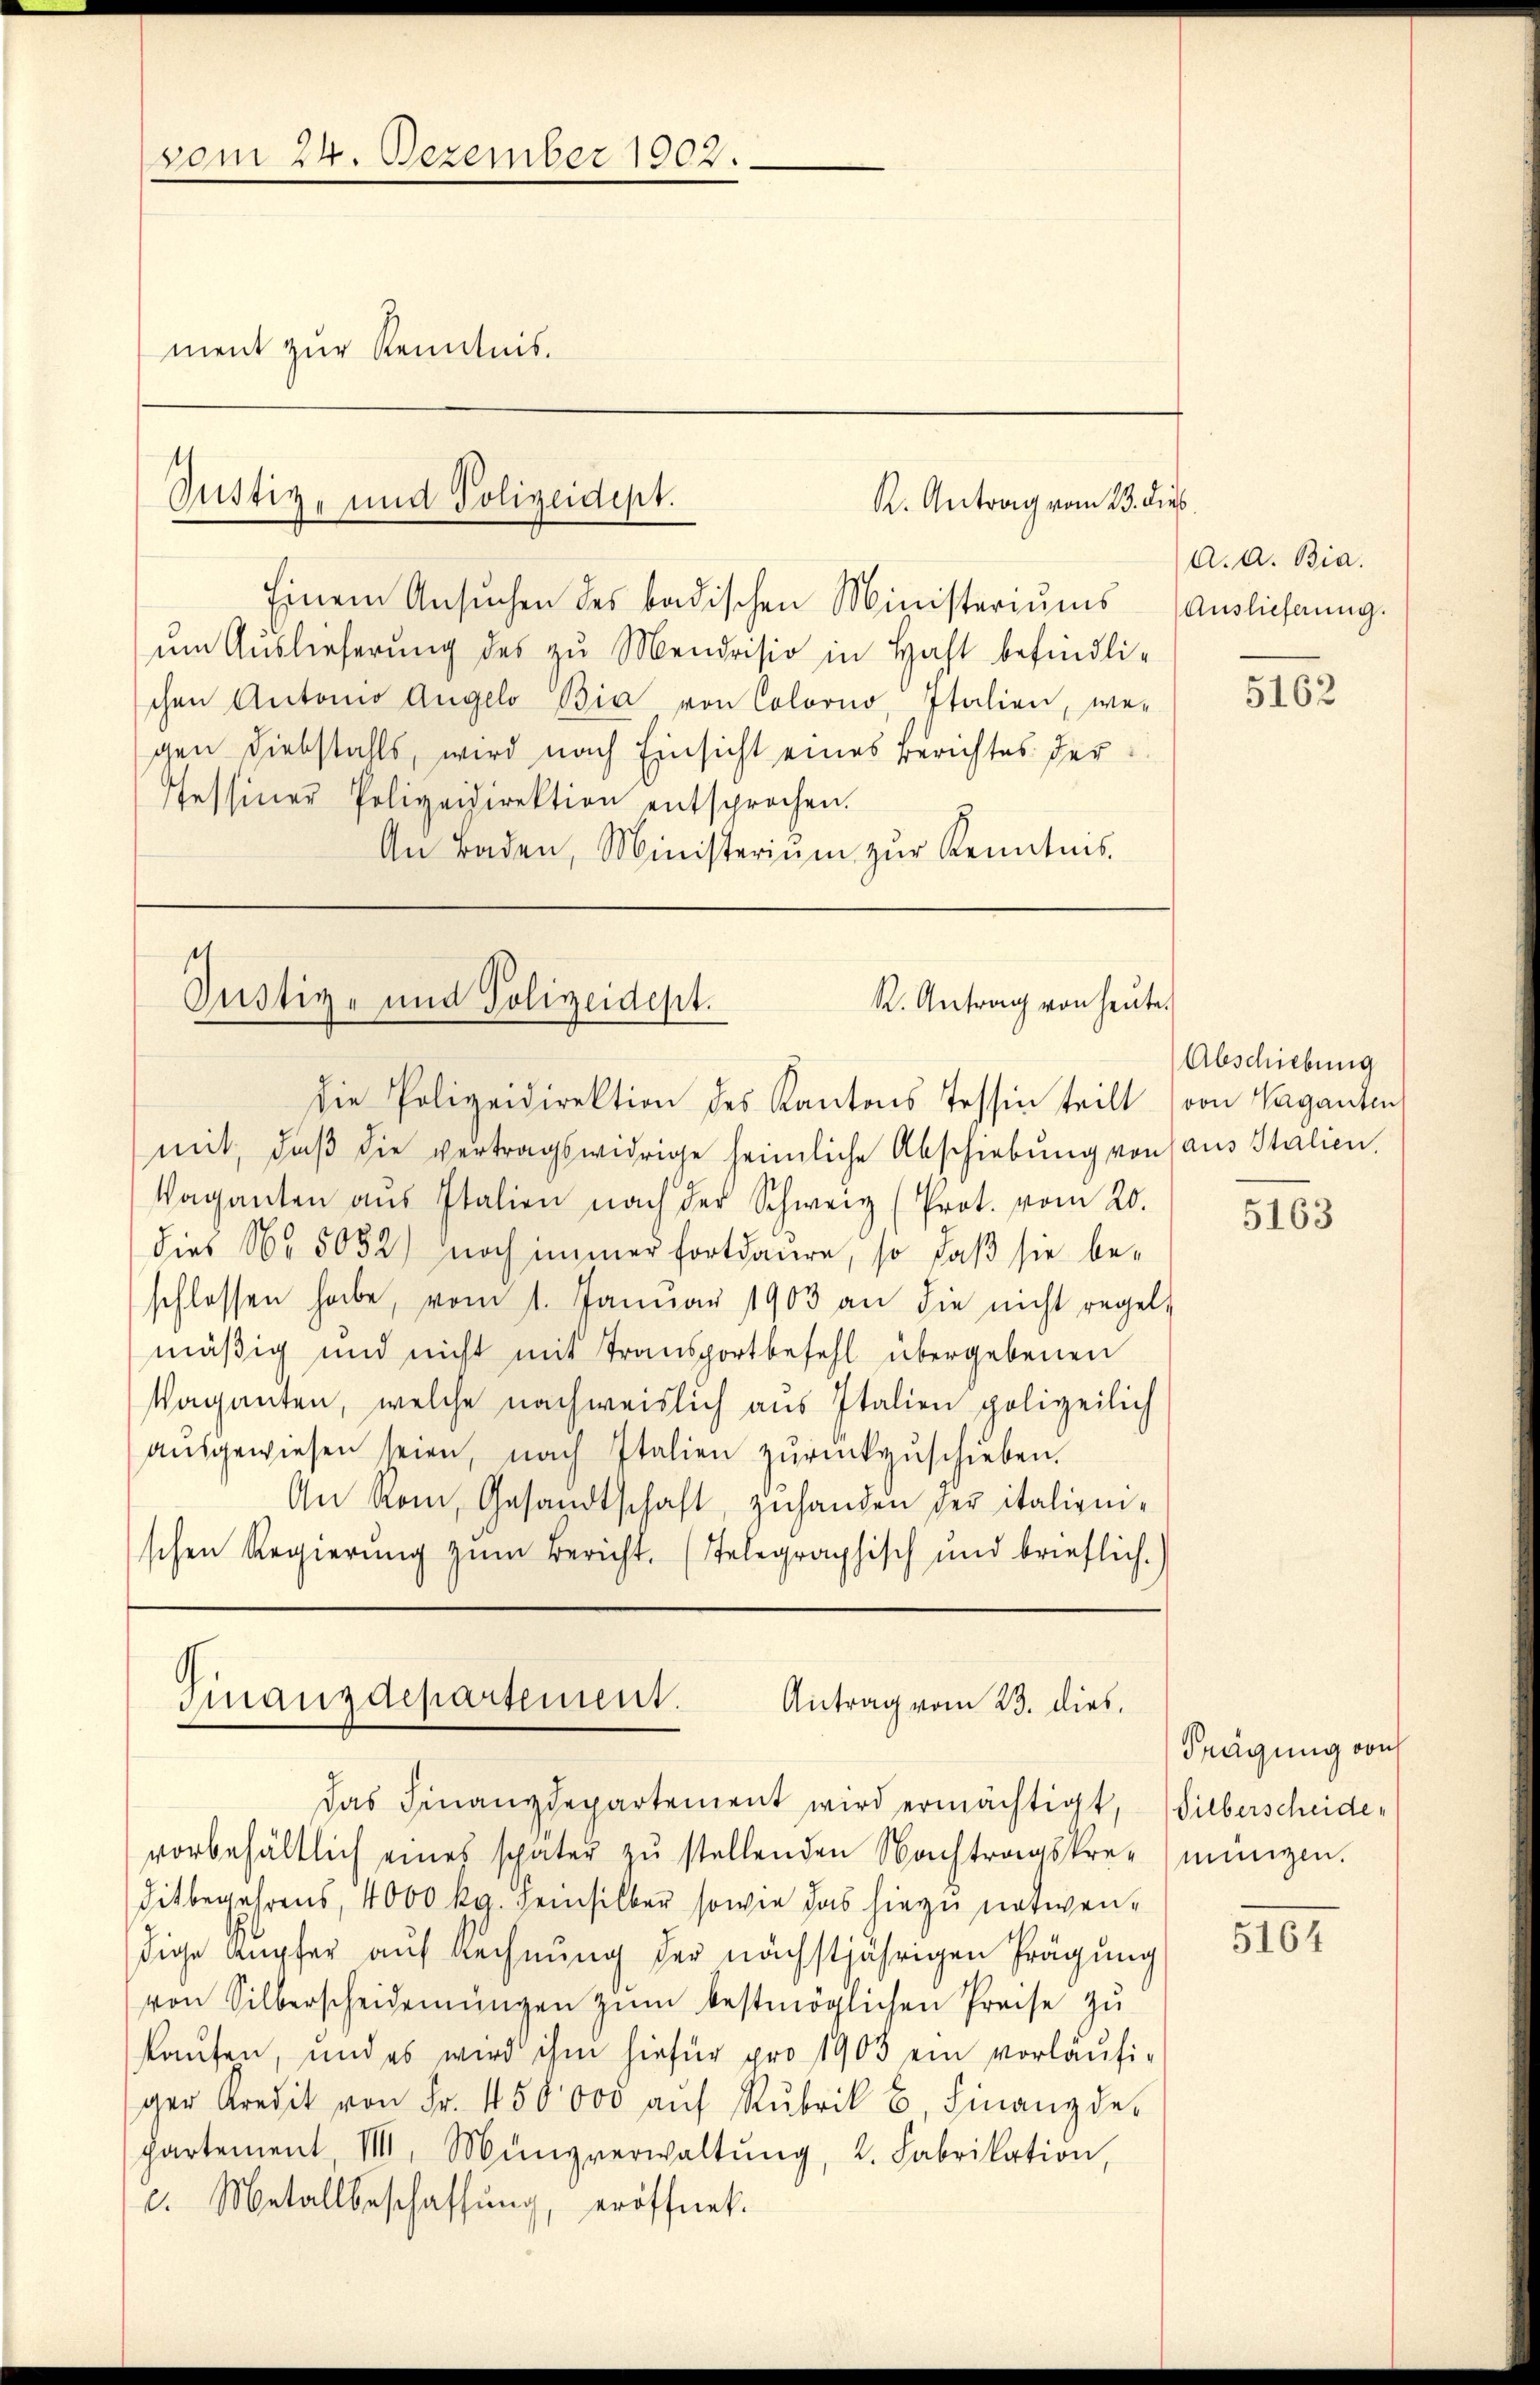
vom 24. Dezember 1902.
ment zur Kenntnis.

s
Gustiz, und Polizeidept.
K. Antrag vom 23. dies

et
Justiz- und Polizeidept.
R. Antrag von heute.
die Polizeidirektion des Kantons Tessin teilt

Finanzdepartement.
Antrag vom 23. dies

Einem Ansuchen des badischen Ministeriums
um Auslieferung des zu Mendrisio in Haft befindlichen Antonio Angelo Bia von Coloono, Italien, we-
gen Diebstahls, wird nach Einsicht eines Berichtes der
Tessiner Polizeidirektion entsprochen.
An Baden, Ministeriŭm zŭr Kenntnis.

Das Finanzdepartement wird ermächtigt, Silberscheidevorbehältlich eines später zŭ stellenden Nachtragskre-) münzen.
ditbegehrens, 4000 kg. seinsilber sowie das hiezu notwendige Kupfer auf Rechnung der nächstjährigen Prägung
von Silberscheidenŭngen zum bestmöglichen Preise zu
kaufen, und es wird ihm hiefür pro 1903 ein vorläufiger Kredit von Fr. 450000 aŭf Rubrik B. Finanzde-
partement, VIII, Münzverwaltŭng, 2. Fabrikation,
c. Metallbeschaffung, eröffnet.

mit, daß die vertragswidrige heimliche Abschiebung von aus Stalien,
Vaganten aŭs Italien nach der Schweiz (Prot. vom 20.
dies No 5052) noch immer fortdaure, so daß sie be-
schlossen habe, vom 1. Januar 1903 an die nicht regel-
mäßig und nicht mit Transportbefehl übergebenen
Vaganten, welche nachweislich aus Italien polizeilich
aŭsgewiesen seien, nach Italien zŭrückzŭschieben.
An Rom, Gesandtschaft, zuhanden der italienischen Regierŭng zŭm Bericht. (Telegraphisch und brieflich.

A. a. Bia.
Auslieferung.

5162

Abschiebung
von Vaganten

5163

Frägung von

5164